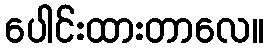
ပေါင်းထားတာလေ။